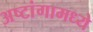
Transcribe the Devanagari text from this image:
अष्टांगामध्ये